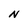
Character: N